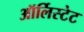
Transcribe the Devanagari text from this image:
ऑर्लिस्टेट